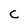
Character: C